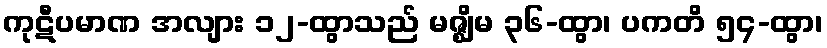
ကုဋီပမာဏ အလျား ၁၂-ထွာသည် မဇ္ဈိမ ၃၆-ထွာ၊ ပကတိ ၅၄-ထွာ၊